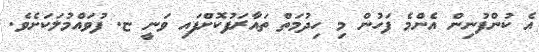
އެ ކުންފުނިން އެންމެ ފަހުން މި ހިދުމަތް ތައާރަފުކޮށްފައި ވަނީ ޏ. ފުވައްމުލަކަށެވެ.